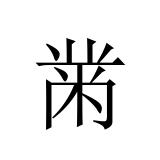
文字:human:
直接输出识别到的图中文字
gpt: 黹